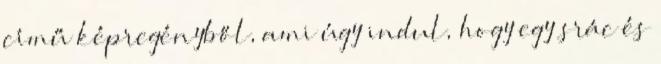
című képregényből, ami úgy indul, hogy egy srác és